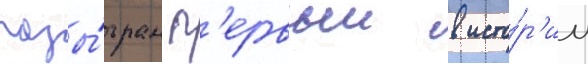
разы́гран п'ервыи в исто́р'ии